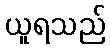
ယူရသည်